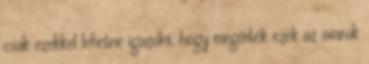
csak ezekkel lehetne igazolni, hogy megérték ezek az avarok